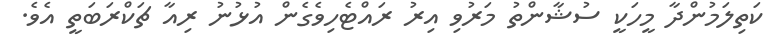
ކަތިލަމުންދާ މީހަކީ ސުޝާންތު މަރުވި އިރު ރައްޓެހިވެގެން އުޅުނު ރިއާ ޗަކްރަބަތީ އެވެ.